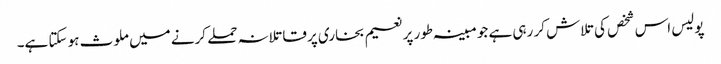
پولیس اس شخص کی تلاش کر رہی ہے جو مبینہ طور پر نعیم بخاری پر قاتلانہ حملے کرنے میں ملوث ہو سکتا ہے۔